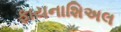
ફાયનાશિઅલ